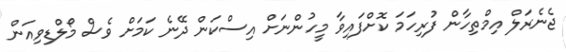
ޖެނެރަލް އިމްތިހާން ފުރިހަމަ ކޮށްފައިވާ މީހުންނަށް އިސްކަން ދޭނެ ކަމަށް ވެސް މޯލްޑިވިއަން